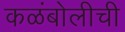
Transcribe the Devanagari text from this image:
कळंबोलीची